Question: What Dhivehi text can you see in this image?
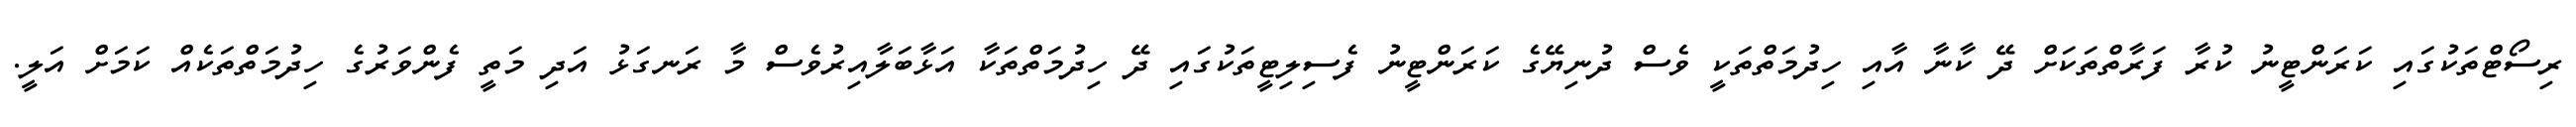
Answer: ރިސޯޓްތަކުގައި ކަރަންޓީނު ކުރާ ފަރާތްތަކަށް ދޭ ކާނާ އާއި ހިދުމަތްތަކީ ވެސް ދުނިޔޭގެ ކަރަންޓީނު ފެސިލިޓީތަކުގައި ދޭ ހިދުމަތްތަކާ އަޅާބަލާއިރުވެސް މާ ރަނގަޅު އަދި މަތީ ފެންވަރުގެ ހިދުމަތްތަކެއް ކަމަށް އަލީ.